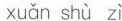
xuǎn shù zì